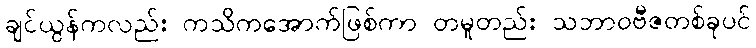
ချင်ယွန်ကလည်း ကသိကအောက်ဖြစ်ကာ တမူတည်း သဘာဝဗီဇတစ်ခုပင်